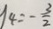
y _ { 4 } = - \frac { 3 } { 2 }